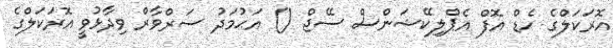
އޮރަކަލްގެ ހެޑް އޮފް އެޕްލިކޭޝަންސް ސޭޖް () އަޙުމަދު ސަރްވާރް ވިދާޅުވީ އޮރަކަލްގެ